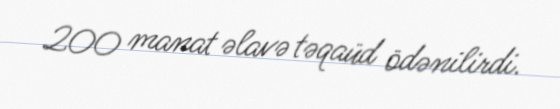
200 manat əlavə təqaüd ödənilirdi.